Lunatic asylums in Bengal annual reports 1888-1898 - 1888-1898
Year: 1888
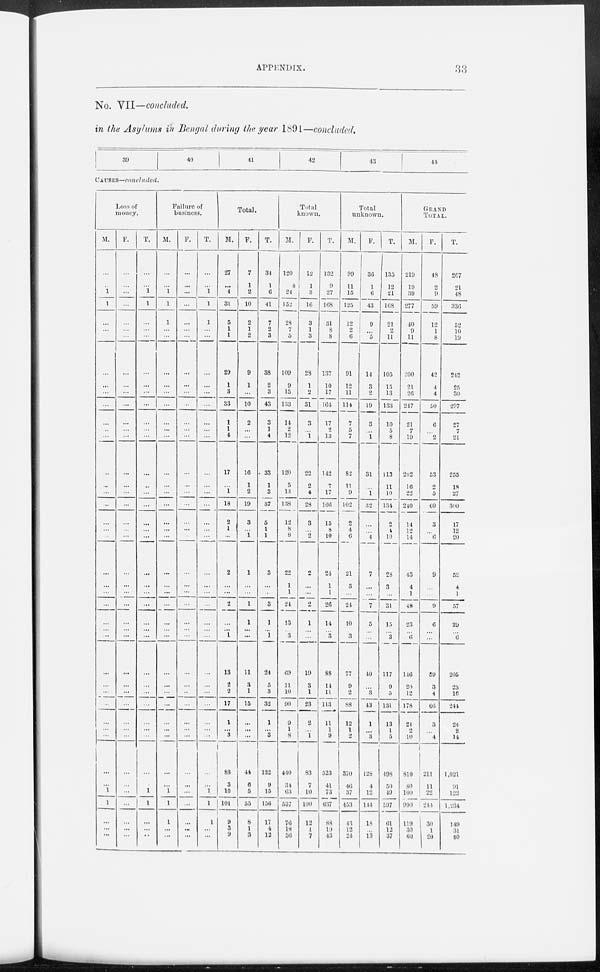
APPENDIX.
33
No. VII—concluded.
in the Asylums in Bengal during the year 1891—concluded.
39
40
41
42
43
44
CAUSES—concluded.
Loss of
money.
M.
...
...
1
1
...
...
...
...
...
...
...
...
...
...
...
...
...
...
...
...
...
...
...
...
...
...
... ...
...
...
...
...
...
...
...
...
...
1
1
...
...
...
F.
...
...
...
...
...
...
...
...
...
...
...
...
...
...
...
...
...
...
...
...
...
...
...
...
...
...
... ...
...
...
...
...
...
...
...
...
...
...
...
...
...
...
T.
...
...
1
1
...
...
...
...
...
...
...
...
...
...
...
...
...
...
...
...
...
...
...
...
...
...
... ...
...
...
...
...
...
...
...
...
...
1
1
...
...
...
Failure of
business.
M.
...
...
1
1
1
...
...
...
...
...
...
...
...
...
...
...
...
...
...
...
...
...
...
...
...
...
... ...
...
...
...
...
...
...
...
...
...
1
1
1
...
...
F.
...
...
...
...
...
...
...
...
...
...
...
...
...
...
...
...
...
...
...
...
...
...
...
...
...
...
...
...
...
...
...
...
...
...
...
...
...
...
...
...
...
...
T.
...
...
1
1
1
...
...
...
...
...
...
...
...
...
...
...
...
...
...
...
...
...
...
...
...
...
...
...
...
...
...
...
...
...
...
...
...
1
1
1
...
...
Total.
M.
27
...
4
31
5
1
1
29
1
3
33
1
1
4
17
...
1
18
2
1
...
2
...
...
2
...
... ...
13
2
2
17
1
...
3
88
3
10
101
9
3
9
F.
7
1
2
10
2
1
2
9
1
...
10
2
...
...
10
1
2
19
3
...
1
1
...
...
1
1
... ...
11
3
1
15
...
...
...
44
6
5
55
8
1
3
T.
34
1
6
41
7
2
3
38
2
3
43
3
1
4
33
1
3
37
5
1
1
3
...
...
3
1
... ...
24
5
3
32
1
...
3
132
9
15
156
17
4
12
Total
known.
M.
120
8
24
152
28
7
5
109
9
15
133
14
2
12
120
5
13
138
12
8
8
22
1
1
24
13
... ...
69
11
10
90
9
1
8
440
34
63
537
76
18
30
F.
12
1
3
16
3
1
3
28
1
2
31
3
...
1
22
2
4
28
3
...
2
2
...
...
2
1
... ...
19
3
1
23
2
...
1
83
7
10
100
12
1
7
T.
132
9
27
168
31
8
8
137
10
17
164
17
2
13
142
7
17
166
15
8
10
24
1
1
26
14
... 3
88
14
11
113
11
1
9
523
46
73
637
88
19
43
Total
unknown.
M.
99
11
15
125
12
2
6
91
12
11
114
7
5
7
82
11
9
102
2
4
6
21
3
...
24
10
... 3
77
9
2
88
12
1
2
370
40
37
453
43
12
24
F.
36
1
6
43
9
...
5
14
3
2
19
3
...
1
31
...
1
32
...
...
4
7
...
...
7
5
... ...
40
...
3
43
1
...
3
128
4
12
144
18
...
13
T.
135
12
21
168
21
2
11
105
15
13
133
10
5
8
113
11
10
134
2
4
10
28
3
...
31
15
... 3
117
9
5
131
13
1
5
498
50
49
597
61
12
37
GRAND
TOTAL.
M.
219
19
39
277
40
9
11
200
21
26
247
21
7
19
202
16
22
240
14
12
14
43
4
1
48
23
... 6
146
20
12
178
21
2
10
810
80
100
990
119
30
60
F.
48
2
9
59
12
1
8
42
4
4
50
6
...
2
53
2
5
60
3
...
6
9
...
...
9
6
... ...
59
3
4
66
3
...
4
211
11
22
244
30
1
20
T.
267
21
48
336
52
10
19
242
25
30
297
27
7
21
255
18
27
300
17
12
20
52
4
1
57
29
... 6
205
23
16
244
24
2
14
1,021
91
122
1,234
149
31
80